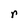
Character: r